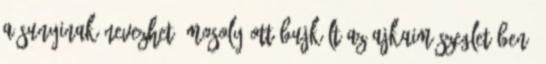
a sunyinak nevezhető mosoly ott bujkált az ajkaim szegletében.